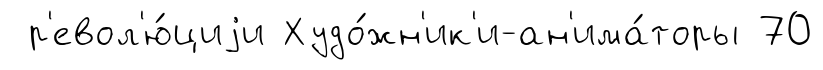
р'евол'ю́циjи Худо́жн'ик'и-ан'има́торы 70